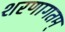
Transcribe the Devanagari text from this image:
शरणागतम्‌